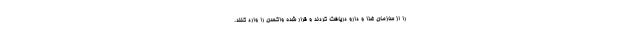
را از سازمان غذا و دارو دریافت کردند و قرار شده واکسن را وارد کنند.